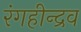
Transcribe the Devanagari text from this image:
रंगहीन्द्रव